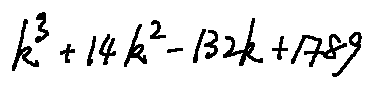
k ^ { 3 } + 1 4 k ^ { 2 } - 1 3 2 k + 1 7 8 9